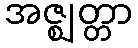
အဇ္ဈတ္တာ